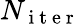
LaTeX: N_{\mathrm{~i~t~e~r~}}